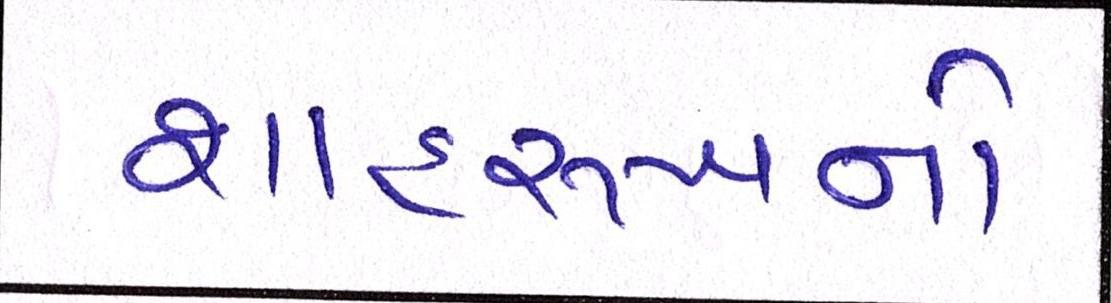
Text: શાહરુખનો